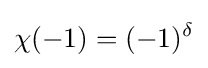
\chi (-1)=(-1)^{\delta }